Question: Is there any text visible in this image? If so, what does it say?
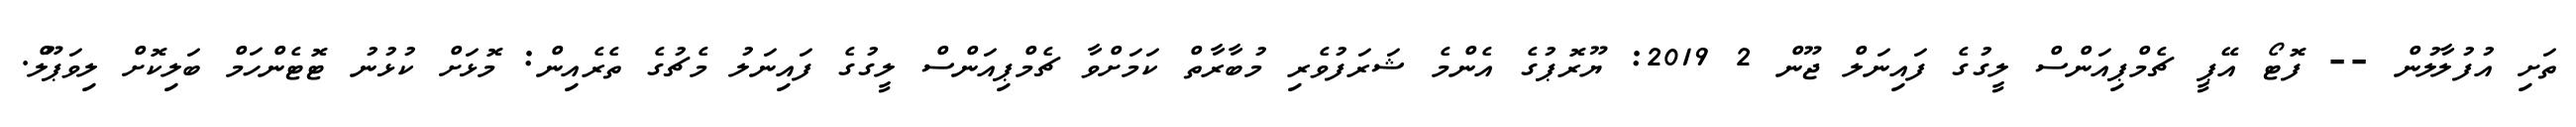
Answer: ތަށި އުފުލާލުން -- ފޮޓޯ އޭޕީ ޗެމްޕިއަންސް ލީގުގެ ފައިނަލް ޖޫން 2 2019: ޔޫރޮޕުގެ އެންމެ ޝަރަފުވެރި މުބާރާތް ކަމަށްވާ ޗެމްޕިއަންސް ލީގުގެ ފައިނަލު މެޗުގެ ތެރެއިން: މޮޅަށް ކުޅުނު ޓޮޓެންހަމް ބަލިކޮށް ލިވަޕޫލް.